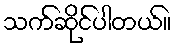
သက်ဆိုင်ပါတယ်။